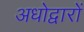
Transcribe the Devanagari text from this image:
अधोद्वारों